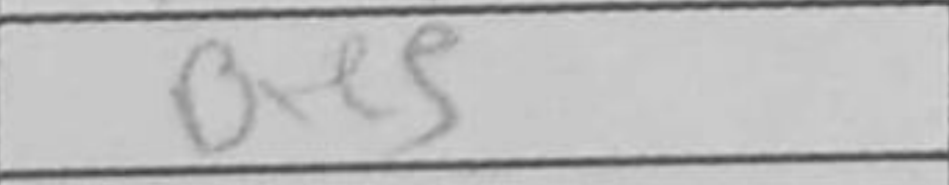
Transcription: Bxe5